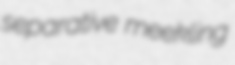
separative meekling